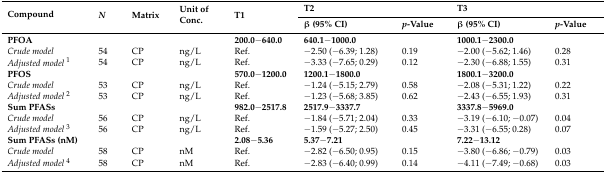
<table><thead><tr><td rowspan="2"><b>Compound</b></td><td rowspan="2"><b><i>N</i></b></td><td rowspan="2"><b>Matrix</b></td><td rowspan="2"><b>Unit of Conc.</b></td><td rowspan="2"><b>T1</b></td><td colspan="2"><b>T2</b></td><td colspan="2"><b>T3</b></td></tr><tr><td><b>β (95% CI)</b></td><td><b><i>p</i>-Value</b></td><td><b>β (95% CI)</b></td><td><b><i>p</i>-Value</b></td></tr></thead><tbody><tr><td><b>PFOA</b></td><td></td><td></td><td></td><td><b>200.0−640.0</b></td><td><b>640.1−1000.0</b></td><td></td><td><b>1000.1−2300.0</b></td><td></td></tr><tr><td><i>Crude model</i></td><td>54</td><td>CP</td><td>ng/L</td><td>Ref.</td><td>−2.50 (−6.39; 1.28)</td><td>0.19</td><td>−2.00 (−5.62; 1.46)</td><td>0.28</td></tr><tr><td><i>Adjusted model</i><sup>1</sup></td><td>54</td><td>CP</td><td>ng/L</td><td>Ref.</td><td>−3.33 (−7.65; 0.29)</td><td>0.12</td><td>−2.30 (−6.88; 1.55)</td><td>0.31</td></tr><tr><td><b>PFOS</b></td><td></td><td></td><td></td><td><b>570.0−1200.0</b></td><td><b>1200.1−1800.0</b></td><td></td><td><b>1800.1−3200.0</b></td><td></td></tr><tr><td><i>Crude model</i></td><td>53</td><td>CP</td><td>ng/L</td><td>Ref.</td><td>−1.24 (−5.15; 2.79)</td><td>0.58</td><td>−2.08 (−5.31; 1.22)</td><td>0.22</td></tr><tr><td><i>Adjusted model</i><sup>2</sup></td><td>53</td><td>CP</td><td>ng/L</td><td>Ref.</td><td>−1.23 (−5.68; 3.85)</td><td>0.62</td><td>−2.43 (−6.55; 1.93)</td><td>0.31</td></tr><tr><td><b>Sum PFASs</b></td><td></td><td></td><td></td><td><b>982.0−2517.8</b></td><td><b>2517.9−3337.7</b></td><td></td><td><b>3337.8−5969.0</b></td><td></td></tr><tr><td><i>Crude model</i></td><td>56</td><td>CP</td><td>ng/L</td><td>Ref.</td><td>−1.84 (−5.71; 2.04)</td><td>0.33</td><td>−3.19 (−6.10; −0.07)</td><td>0.04</td></tr><tr><td><i>Adjusted model</i><sup>3</sup></td><td>56</td><td>CP</td><td>ng/L</td><td>Ref.</td><td>−1.59 (−5.27; 2.50)</td><td>0.45</td><td>−3.31 (−6.55; 0.28)</td><td>0.07</td></tr><tr><td><b>Sum PFASs (nM)</b></td><td></td><td></td><td></td><td><b>2.08−5.36</b></td><td><b>5.37−7.21</b></td><td></td><td><b>7.22−13.12</b></td><td></td></tr><tr><td><i>Crude model</i></td><td>58</td><td>CP</td><td>nM</td><td>Ref.</td><td>−2.82 (−6.50; 0.95)</td><td>0.15</td><td>−3.80 (−6.86; −0.79)</td><td>0.03</td></tr><tr><td><i>Adjusted model</i><sup>4</sup></td><td>58</td><td>CP</td><td>nM</td><td>Ref.</td><td>−2.83 (−6.40; 0.99)</td><td>0.14</td><td>−4.11 (−7.49; −0.68)</td><td>0.03</td></tr></tbody></table>